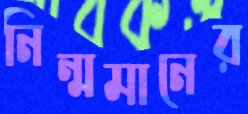
নিন্মমানের